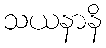
သယနာနိ